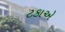
ટકાએ